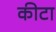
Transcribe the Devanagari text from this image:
कीटा